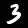
Label: 3